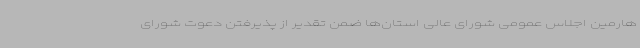
هارمین اجلاس عمومی شورای عالی استان‌ها ضمن تقدیر از پذیرفتن دعوت شورای